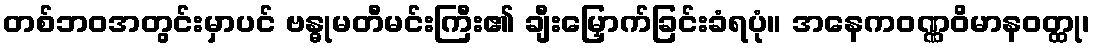
တစ်ဘဝအတွင်းမှာပင် ဗန္ဓုမတီမင်းကြီး၏ ချီးမြှောက်ခြင်းခံရပုံ။ အနေကဝဏ္ဏဝိမာနဝတ္ထု၊